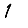
Digit: 1